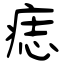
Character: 痣